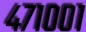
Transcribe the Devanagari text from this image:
४७१००१